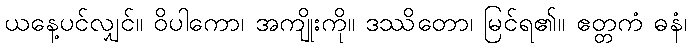
ယနေ့ပင်လျှင်။ ဝိပါကော၊ အကျိုးကို။ ဒဿိတော၊ မြင်ရ၏။ ဧတ္တကံ ဓနံ၊